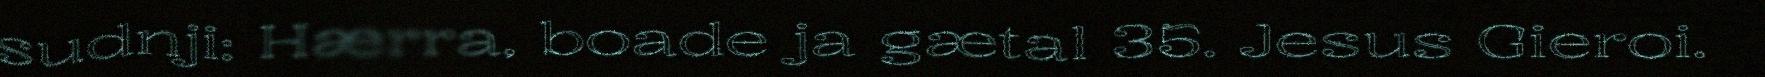
sudnji: Hærra, boade ja gætal 35. Jesus Gieroi.